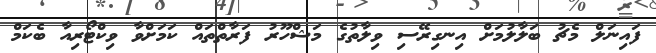
ފައިނަލް މެޗު ބަލާލުމަށް އިނގިރޭސި ވިލާތުގެ މަޝްހޫރު ފަރާތްތައް ކަމަށްވާ ވިކްޓޯރިއާ ބެކަމް